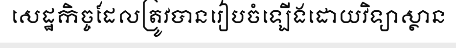
សេដ្ឋកិច្ចដែលត្រូវបានរៀបចំឡើងដោយវិទ្យាស្ថាន